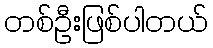
တစ်ဦးဖြစ်ပါတယ်